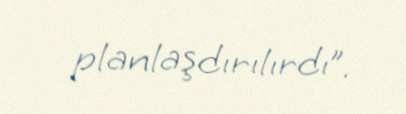
planlaşdırılırdı”.